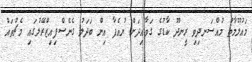
މައުލޫމާތު މުއްސަނދިވި ރީނދޫ ކާޑުގެ ގަވާއިދަށް ޔުއެފާ އިން ބަދަލު ގެނެސްފިއިޒްރޭލުގައި މެޗުތައް